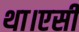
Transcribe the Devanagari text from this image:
था।एसी